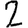
Digit: 2